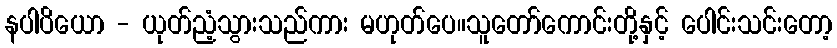
နပါပိယော - ယုတ်ညံ့သွားသည်ကား မဟုတ်ပေ။သူတော်ကောင်းတို့နှင့် ပေါင်းသင်းတော့